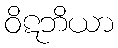
ဝိဋဘိယာ